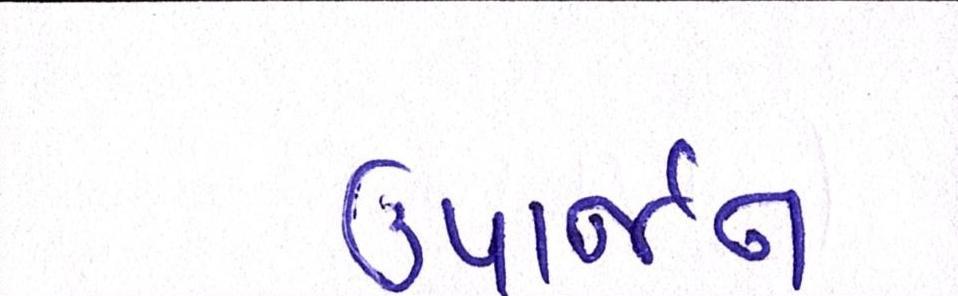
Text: ઉપાર્જન